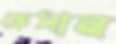
ফ্রেসান